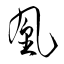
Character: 凰